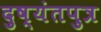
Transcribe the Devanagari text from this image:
दुष्यंतपुत्र